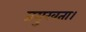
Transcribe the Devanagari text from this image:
प्रमुखता।